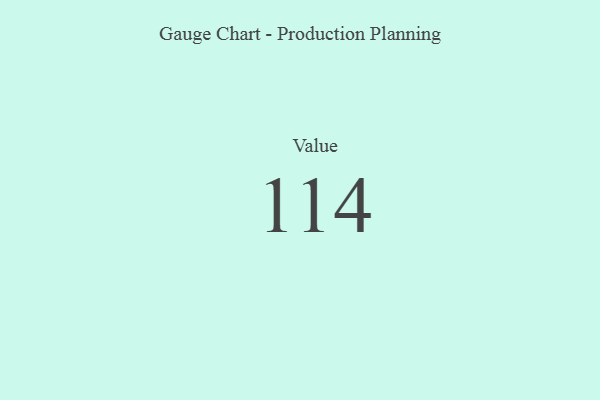
{"axis": {"x": "Metric", "y": "Value"}, "legend": [""], "data": [{"x": "Value", "y": 114, "type": ""}]}